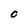
Character: O